Annual vaccination report of Bihar and Orissa - 1911-1928
Year: 1911
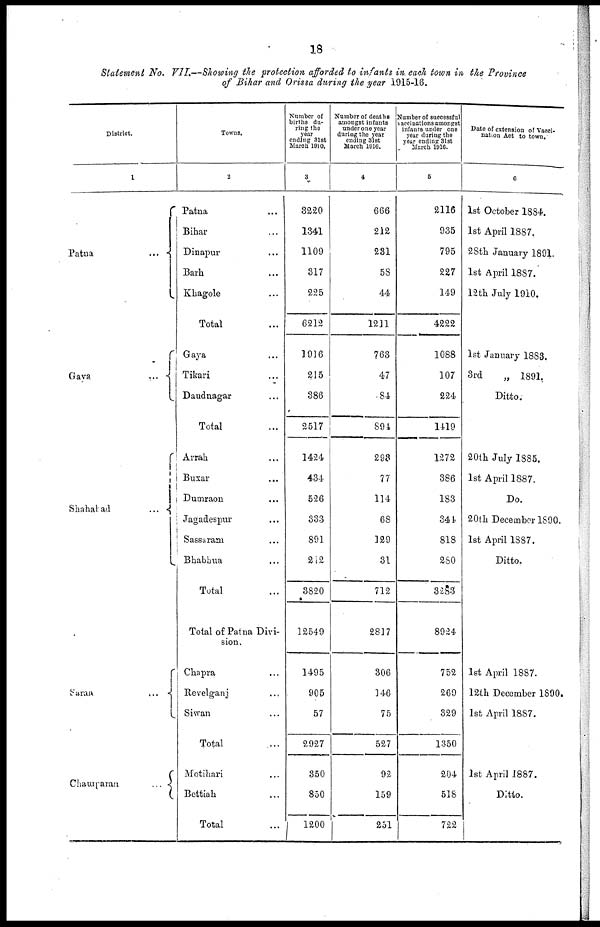
18
Statement No. VII.—Showing the protection afforded to infants in. each town in the Province
of Bihar and Orissa during the year 1915-16.
District.
1
Patna
...
Gaya
...
Shahabad
...
Saran
...
Chawaparan
...
Towns.
2
Patna ...
Bihar ...
Dinapur ...
Barh ...
Khagole ...
Total ...
Gaya ...
Tikari ... ...
Daudnagar ...
Total ...
Arrah
Buxar
Dumraon ...
Jagadespur ...
Sassaram ...
Bhabhua ...
Total ...
Total of Patna Divi-
sion.
Chapra ...
Revelganj ...
Siwan ...
Total ...
Motihari ...
Bettiah ...
Total ...
Number of
births du-
ring the
year
ending 31st
March 1910.
3
3220
1341
1109
317
225
6212
1916
215
386
2517
1424
434
526
333
891
212
3820
12549
1495
905
57
2927
350
850
1200
Number of deaths
amongst infants
under one year
during the year
ending 31st
March 1916.
4
666
212
231
58
44
1211
763
47
84
894
293
77
114
68
129
31
712
2817
306
146
75
527
92
159
251
Number of successful
vaccinations amongst
infants under one
year during the
year ending 31st
March 1916.
5
2116
935
795
227
149
4222
1088
107
224
1419
1272
386
183
341
818
280
3283
8924
752
269
329
1350
204
518
722
Date of extension of Vacci-
nation Act to town.
6
1st October 1884.
1st April 1887.
28th January 1891.
1st April 1887.
12th July 1910.
1st January 1883.
3rd
„ 1891.
Ditto.
20th July 1885.
1st April 1887.
Do.
20th December 1890.
1st April 1887.
Ditto.
1st April 1887.
12th December 1890.
1st April 1887.
1st April 1887.
Ditto.